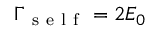
\Gamma _ { \mathrm { ~ s ~ e ~ l ~ f ~ } } = 2 E _ { 0 }